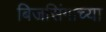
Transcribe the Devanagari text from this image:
बिजसिंगाच्या